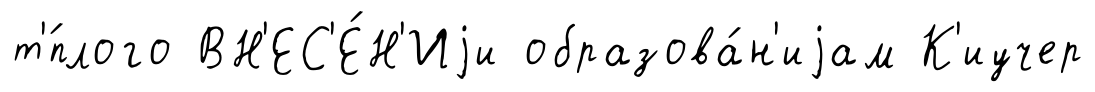
т'́плого ВН'ЕС'Е́Н'Иjи образова́н'иjам К'иучер